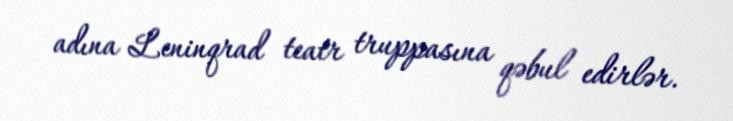
adına Leninqrad teatr truppasına qəbul edirlər.